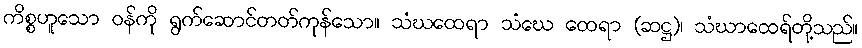
ကိစ္စဟူသော ဝန်ကို ရွက်ဆောင်တတ်ကုန်သော။ သံဃထေရာ သံဃေ ထေရာ (ဆဋ္ဌ)၊ သံဃာထေရ်တို့သည်။